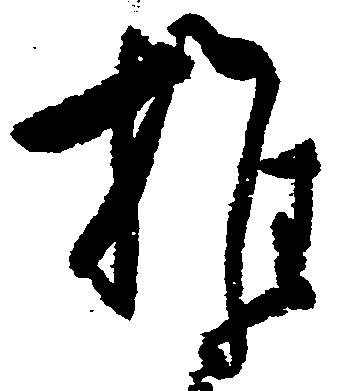
推